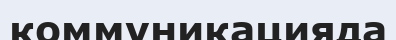
коммуникацияда